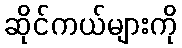
ဆိုင်ကယ်များကို